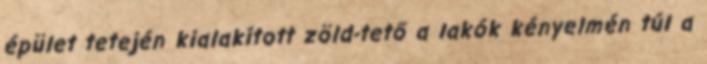
épület tetején kialakított zöld-tető a lakók kényelmén túl a